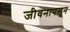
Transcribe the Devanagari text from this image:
जीवनापसून